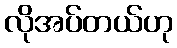
လိုအပ်တယ်ဟု